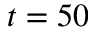
t = 5 0